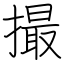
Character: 撮